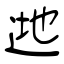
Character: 逇